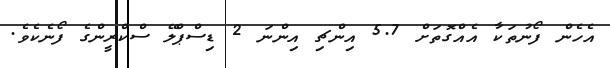
އެހެން ފޯނުތަކާ އެއްގޮތަށް 5.7 އިިންޗި އިންނަ 2 ޑިސްްޕްލޭ ސްކްރީންގެ ފޯނެކެވެ.